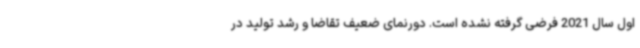
اول سال 2021 فرضی گرفته نشده است. دورنمای ضعیف تقاضا و رشد تولید در